Lock hospitals Punjab
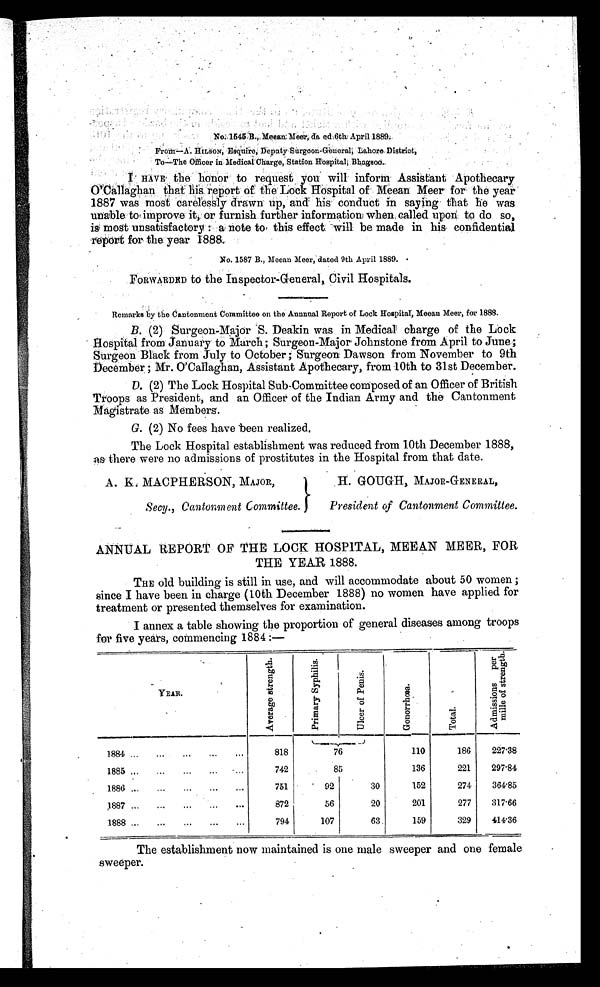
No. 1545 B., Meean Meer, da ed 6th. April 1889.
From—A. HINSON, Esquire, Deputy Surgeon-General, Lahore District,
To—The Officer in Medical Charge, Station Hospital, Bhagsoo.
I
HAVE the honor to request you will inform Assistant Apothecary
O'Callaghan that his report of the Lock Hospital of Meean Meer for the year
1887 was most carelessly drawn up, and his conduct in saying that he was
unable to improve it, or furnish further information when called upon to do so,
is most unsatisfactory : a note to this effect will be made in his confidential
report for the year 1888.
No. 1587 B., Meean Meer, dated 9th April 1889.
FORWARDED to the Inspector-General, Civil Hospitals.
Remarks by the Cantonment Committee on the Annual Report of Lock Hospital, Meean Meer, for 1888.
B. (2) Surgeon-Major S. Deakin was in Medical charge of the Lock
Hospital from January to March; Surgeon-Major Johnstone from April to June;
Surgeon Black from July to October; Surgeon Dawson from November to 9th
December ; Mr. O'Callaghan, Assistant Apothecary, from 10th to 31st December.
D. (2) The Lock Hospital Sub-Committee composed of an Officer of British
Troops as President, and an Officer of the Indian Army and the Cantonment
Magistrate as Members.
G. (2) No fees have been realized.
The Lock Hospital establishment was reduced from 10th December 1888,
as there were no admissions of prostitutes in the Hospital from that date.
A. K. MACPHERSON, MAJOR,
Secy., Cantonment Committee.
H. GOUGH, MAJOR-GENERAL,
President of Cantonment Committee.
ANNUAL REPORT OF THE LOCK HOSPITAL, MEEAN MEER, FOR
THE YEAR 1888.
THE old building is still in use, and will accommodate about 50 women ;
since I have been in charge (10th December 1888) no women have applied for
treatment or presented themselves for examination.
I annex a table showing the proportion of general diseases among troops
for five years, commencing 1884 :—
Y E A R .
A v e r a g e s t r e n g t h .
P r i m a r y s y p h i l i s .
U l c e r o f P e n i s .
G o n o r r h œ a .
T o t a l .
A d m i s s i o n s p e r
m i l l e o f s t r e n g t h .
1884 ...
...
...
...
...
818
76
110
186
227.38
1885 ... ...
...
...
...
742
85
136
221
297.84
1886 ... ...
. . .
. . .
. . .
751
92
30
152
274
364.85
1 8 8 7
. . .
...
. . .
. . .
. . .
872
56
20
201
277
317.66
1888 ... ...
. . .
. . .
. . .
794
107
63
159
329
414.36
The establishment now maintained is one male sweeper and one female
sweeper.